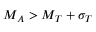
M _ { A } > M _ { T } + \sigma _ { T }